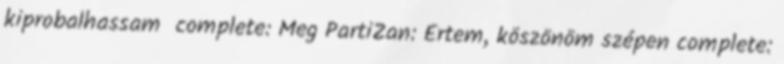
kiprobalhassam complete: Meg PartiZan: Értem, köszönöm szépen complete: